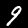
Label: 9